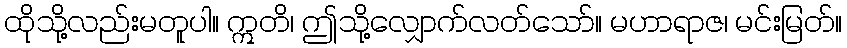
ထိုသို့လည်းမတူပါ။ ဣတိ၊ ဤသို့လျှောက်လတ်သော်။ မဟာရာဇ၊ မင်းမြတ်။